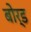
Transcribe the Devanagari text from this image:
बोर्ड